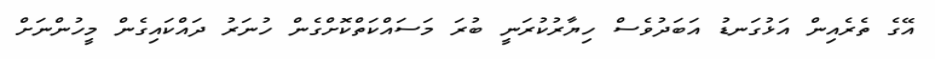
އޭގެ ތެރެއިން އަޅުގަނޑު އަބަދުވެސް ހިޔާރުކުރަނީ ބުރަ މަސައްކަތްކޮށްގެން ހުނަރު ދައްކައިގެން މީހުންނަށް